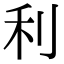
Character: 利